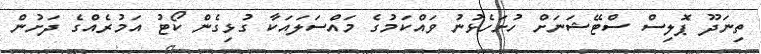
ތިނަދޫ ޕޮލިސް ސްޓޭޝަނަށް ހުށަހެޅުނު ވައްކަމުގެ މައްސަލައަކާ ގުޅިގެން ކޯޓު އަމުރެއްގެ ދަށުން